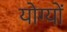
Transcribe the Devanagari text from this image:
योग्यों